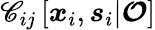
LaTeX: \mathscr{C}_{ij}\left[\boldsymbol{x}_{i},\boldsymbol{s}_{i}|\boldsymbol{\mathcal{{O}}}\right]